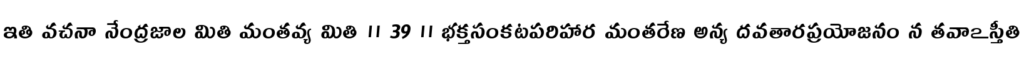
ఇతి వచనా నేంద్రజాల మితి మంతవ్య మితి ॥ 39 ॥ భక్తసంకటపరిహార మంతరేణ అన్య దవతారప్రయోజనం న తవాఽస్తీతి